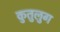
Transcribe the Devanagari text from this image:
कुतुलुग